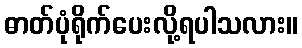
ဓာတ်ပုံရိုက်ပေးလို့ရပါသလား။